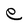
Character: e